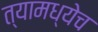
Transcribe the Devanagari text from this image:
त्यामध्येच